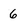
Character: 6